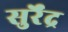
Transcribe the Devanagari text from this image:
सुर्रेंद्र